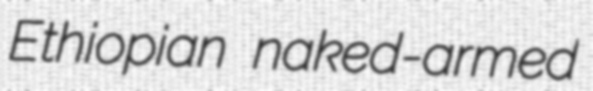
Ethiopian naked-armed